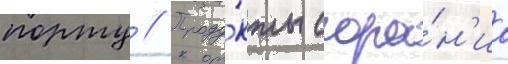
порту // Проду́кты сгора́н'иа